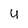
Character: U